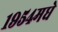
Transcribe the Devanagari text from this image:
१९५४मधे